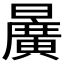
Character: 𣋷